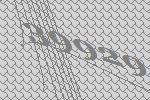
39929